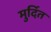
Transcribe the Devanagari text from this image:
मुर्दित